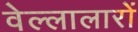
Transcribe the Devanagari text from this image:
वेल्लालारों